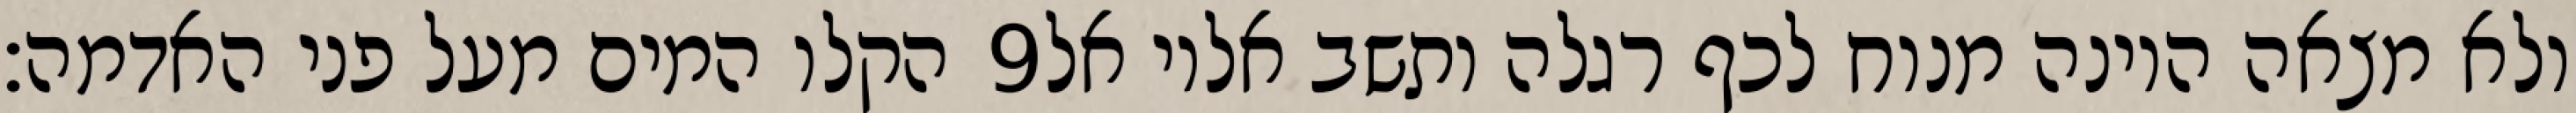
הקלו המים מעל פני האדמה׃ ‎9‏ ולא מצאה היונה מנוח לכף רגלה ותשב אליו אל